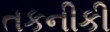
તકનીકી